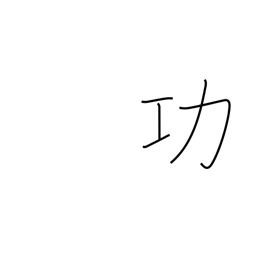
Meaning: honor